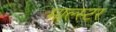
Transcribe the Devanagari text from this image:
माल्स्टर